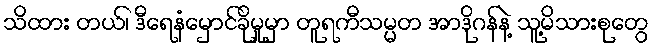
သိထား တယ်၊ ဒီရေနံမှောင်ခိုမှုမှာ တူရကီသမ္မတ အာဒိုဂန်နဲ့ သူ့မိသားစုတွေ